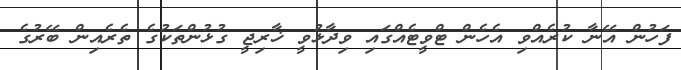
ފަހުން އޭނާ ކުރެއްވި އެހެން ޓްވީޓެއްގައި ވިދާޅުވީ ޚާރިޖީ ގުޅުންތަކުގެ ތެރެއިން ބޭރުގެ